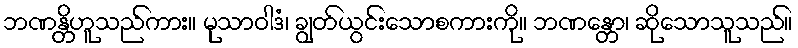
ဘဏန္တိဟူသည်ကား။ မုသာဝါဒံ၊ ချွတ်ယွင်းသောစကားကို။ ဘဏန္တော၊ ဆိုသောသူသည်။